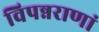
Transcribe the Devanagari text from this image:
विपन्नराणां